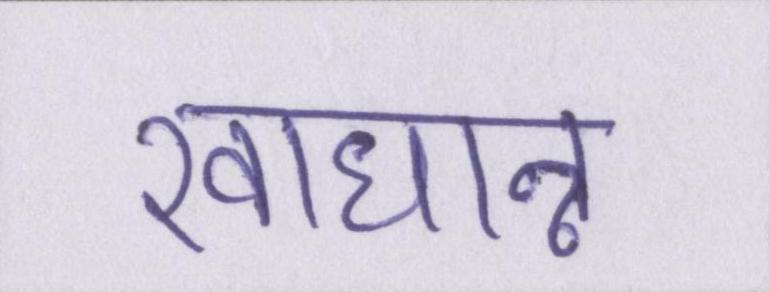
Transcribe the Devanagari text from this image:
खाधान्न